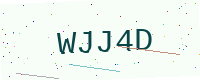
Text: WJJ4D